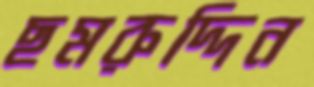
ছমরুদ্দিন